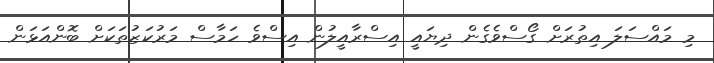
މި މައްސަލަ އިތުރަށް ގޯސްވެގެން ދިޔައީ އިސްރާއީލުން އިސްވެ ހަމާސް މަރުކަޒުތަކަށް ބޮންއަޅަން